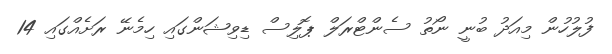
ފުލުހުން މިއަދު ބުނީ ނޯތު ސެންޓްރަލް ޕޮލިސް ޑިވިޝަންގައި ހިމެނޭ ރަށެއްގައި 14